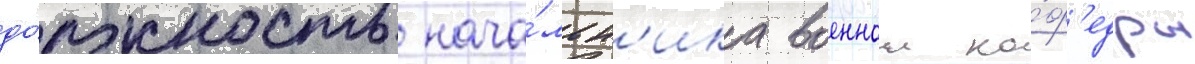
до́лжность нача́льн'ика военнои ка́ф'едры